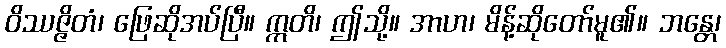
ဝိဿဇ္ဇိတံ၊ ဖြေဆိုအပ်ပြီ။ ဣတိ၊ ဤသို့။ အာဟ၊ မိန့်ဆိုတော်မူ၏။ ဘန္တေ၊